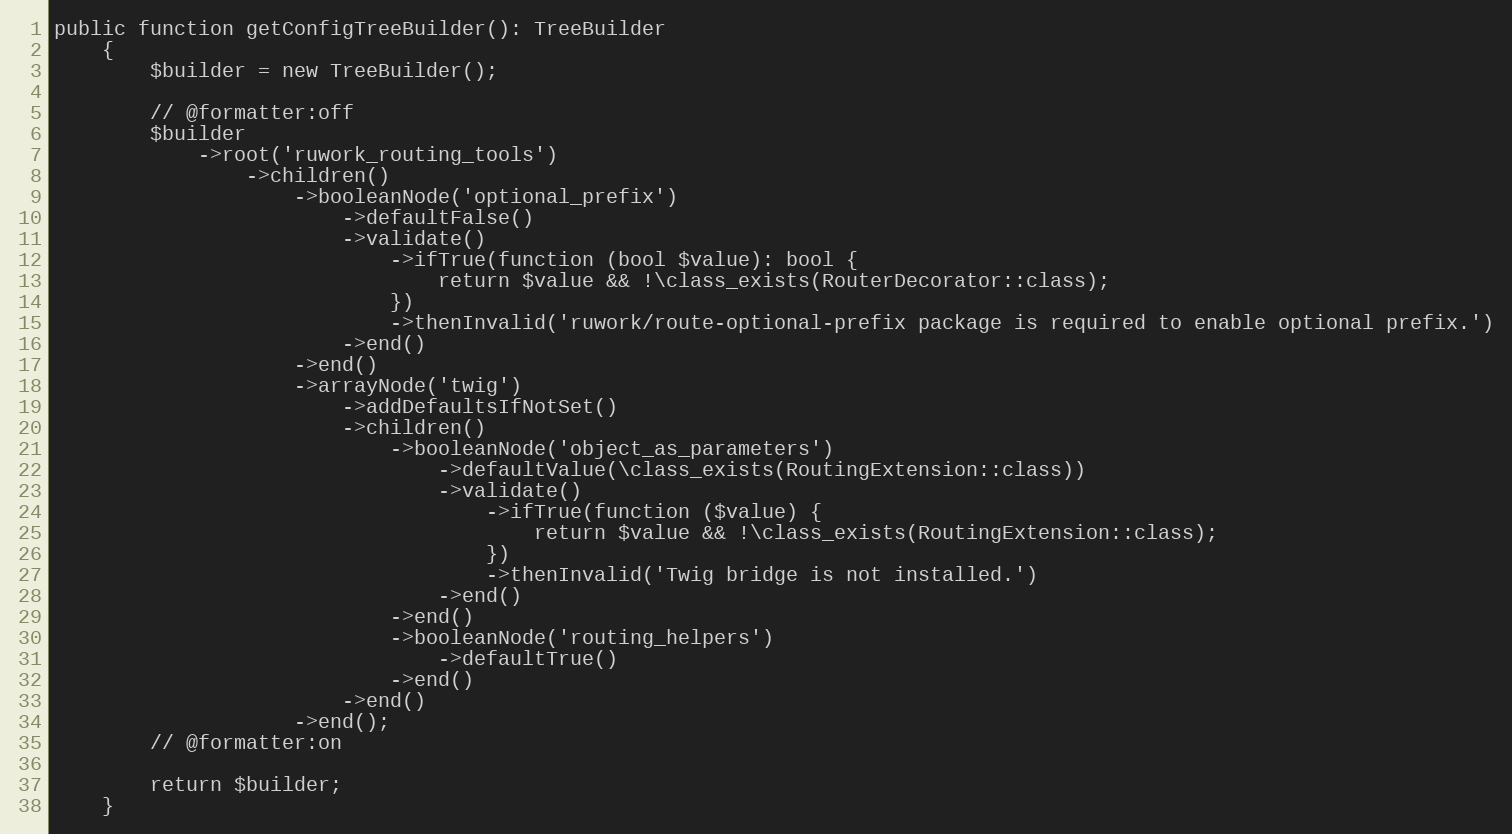
Language: PHP
public function getConfigTreeBuilder(): TreeBuilder
    {
        $builder = new TreeBuilder();

        // @formatter:off
        $builder
            ->root('ruwork_routing_tools')
                ->children()
                    ->booleanNode('optional_prefix')
                        ->defaultFalse()
                        ->validate()
                            ->ifTrue(function (bool $value): bool {
                                return $value && !\class_exists(RouterDecorator::class);
                            })
                            ->thenInvalid('ruwork/route-optional-prefix package is required to enable optional prefix.')
                        ->end()
                    ->end()
                    ->arrayNode('twig')
                        ->addDefaultsIfNotSet()
                        ->children()
                            ->booleanNode('object_as_parameters')
                                ->defaultValue(\class_exists(RoutingExtension::class))
                                ->validate()
                                    ->ifTrue(function ($value) {
                                        return $value && !\class_exists(RoutingExtension::class);
                                    })
                                    ->thenInvalid('Twig bridge is not installed.')
                                ->end()
                            ->end()
                            ->booleanNode('routing_helpers')
                                ->defaultTrue()
                            ->end()
                        ->end()
                    ->end();
        // @formatter:on

        return $builder;
    }